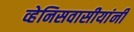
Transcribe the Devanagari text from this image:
व्हेनिसवासीयांनी